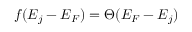
f ( E _ { j } - E _ { F } ) = \Theta ( E _ { F } - E _ { j } )